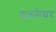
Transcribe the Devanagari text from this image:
वलगेयर